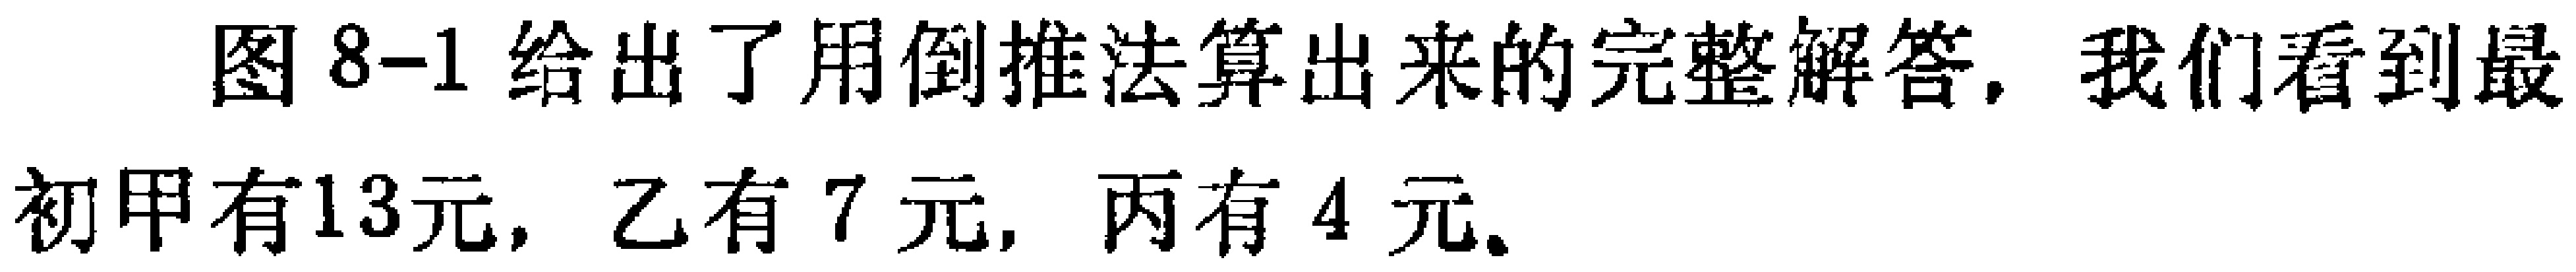
图8-1给出了用倒推法算出来的完整解答, 我们看到最初甲有13元, 乙有7元, 丙有4元.